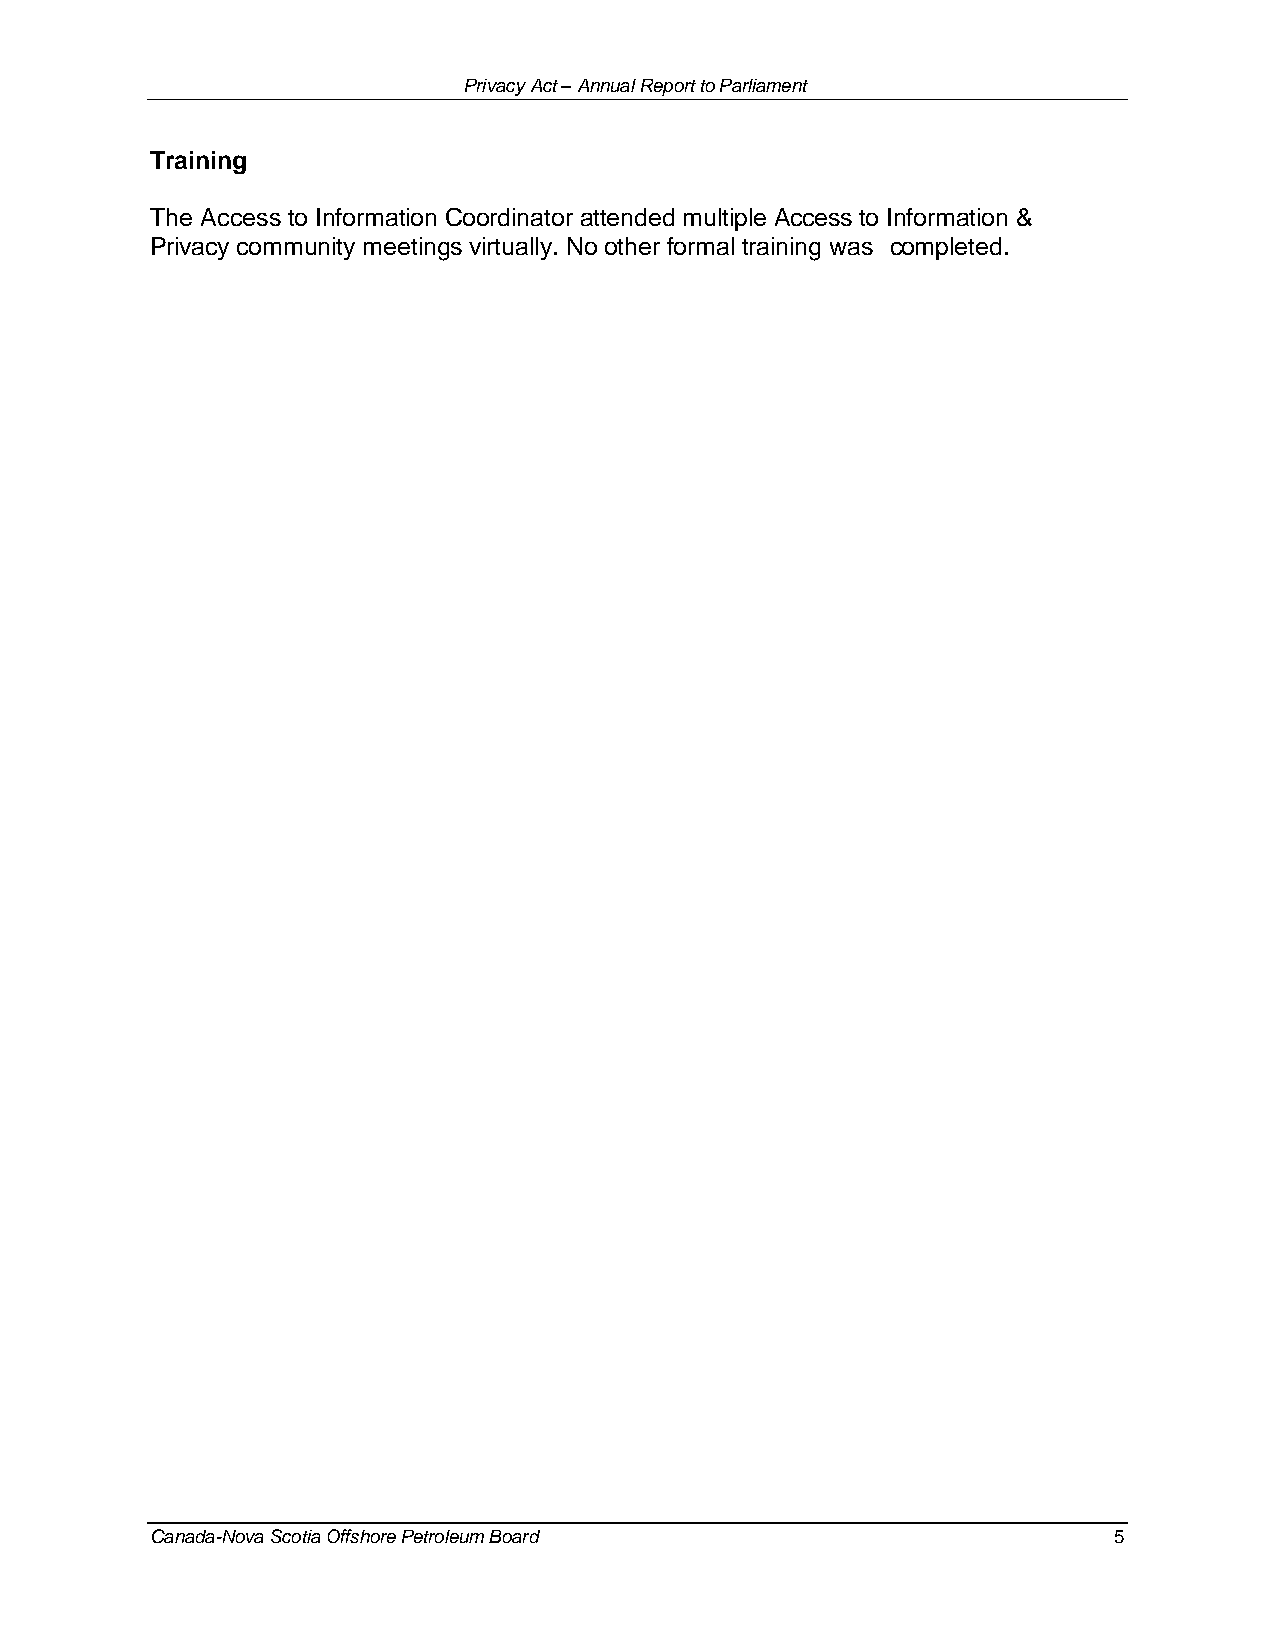
Privacy Act – Annual Report to Parliament
 Training
 The Access to Information Coordinator attended multiple Access to Information &
 Privacy community meetings virtually. No other formal training was completed.
 Canada-Nova Scotia Offshore Petroleum Board                     5